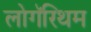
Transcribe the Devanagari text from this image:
लोगॅरिथम